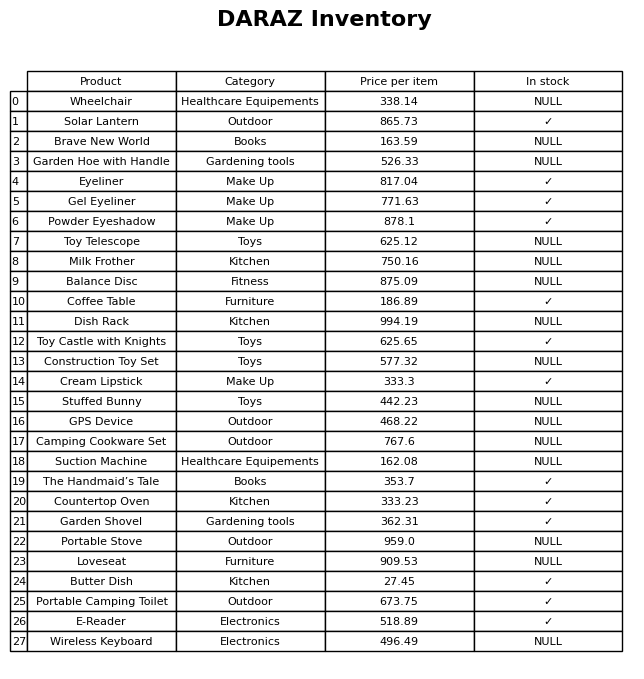
question: What is the price for Powder Eyeshadow?
answer: The price of Powder Eyeshadow is 878.1.